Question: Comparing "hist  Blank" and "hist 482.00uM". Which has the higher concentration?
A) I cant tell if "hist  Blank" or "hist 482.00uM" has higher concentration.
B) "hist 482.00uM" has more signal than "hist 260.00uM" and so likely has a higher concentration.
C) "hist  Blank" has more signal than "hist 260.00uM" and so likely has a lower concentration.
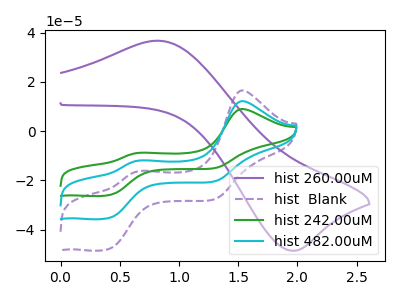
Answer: <think>The purple curve "hist 260.00uM" has an anodic peak at (0.85V, 36.75uA) and a cathodic peak at (1.95V, -48.60uA). The purple dashed curve "hist  Blank" has anodic peaks at (1.55V, 16.55uA) (0.65V, -16.15uA) and cathodic peaks at (0.40V, -47.85uA) (1.30V, -27.70uA). The green curve "hist 242.00uM" has anodic peaks at (1.55V, 24.40uA) (0.65V, -23.85uA) and cathodic peaks at (0.40V, -70.55uA) (1.30V, -40.85uA). The cyan curve "hist 482.00uM" has anodic peaks at (1.55V, 12.20uA) (0.65V, -11.90uA) and cathodic peaks at (0.40V, -35.30uA) (1.30V, -20.45uA).
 All the peaks in "hist  Blank" have a peak in "hist 482.00uM" at the same potential.</think>
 <answer>A) I cant tell if "hist  Blank" or "hist 482.00uM" has higher concentration.</answer>
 <eval>A</eval>